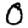
Digit: 0